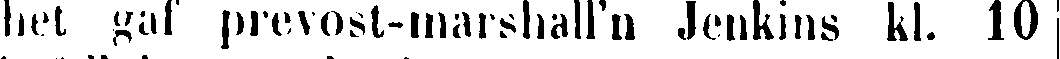
het gaf prevost-marshall'n Jenkins kl. 10